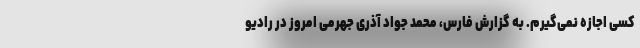
کسی اجازه نمی‌گیرم. به گزارش فارس، محمد جواد آذری جهرمی امروز در رادیو